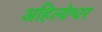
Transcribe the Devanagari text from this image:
अहिल्येश्वर